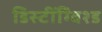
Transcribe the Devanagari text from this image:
डिस्टींग्विश्ड